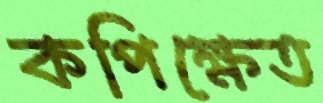
কপিক্ষেত